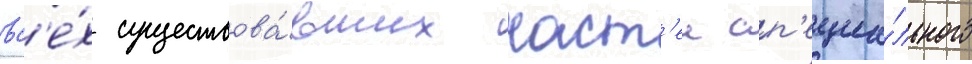
вс'е́х существова́вших част'еи сп'ециа́льного